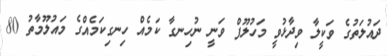
ދައުލަތުގެ ވަކީލާ ވިދާޅުވީ މަހުލޫފް ވަނީ ނުހިނގާ ކަމެއް ހިނގިކަމެއްގެ މައުލޫމާތު 80